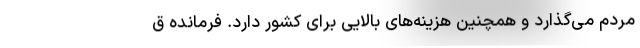
مردم می‌گذارد و همچنین هزینه‌های بالایی برای کشور دارد. فرمانده ق